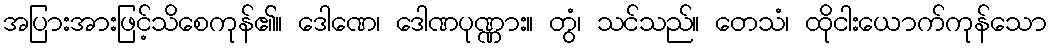
အပြားအားဖြင့်သိစေကုန်၏။ ဒေါဏေ၊ ဒေါဏပုဏ္ဏား။ တွံ၊ သင်သည်။ တေသံ၊ ထိုငါးယောက်ကုန်သော